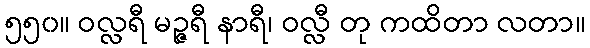
၅၅၀။ ဝလ္လရီ မဉ္ဇရီ နာရီ၊ ဝလ္လီ တု ကထိတာ လတာ။